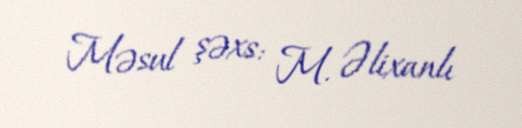
Məsul şəxs: M. Əlixanlı